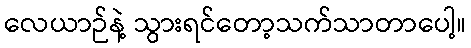
လေယာဉ်နဲ့ သွားရင်တော့သက်သာတာပေါ့။